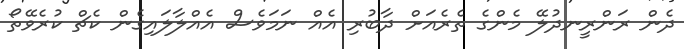
ދެން ރަންރީނދުލޭ މެންގެ ތެރެއަށް ދާބުރި އެއް ނަމަވެސް އެއްލާލައިގެން ކެޗް ކުރެވޭތޯ